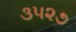
૩૫૨૭